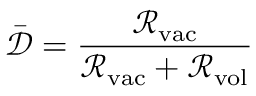
\bar { \mathcal { D } } = \frac { \mathcal { R } _ { \mathrm { v a c } } } { \mathcal { R } _ { \mathrm { v a c } } + \mathcal { R } _ { \mathrm { v o l } } }